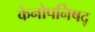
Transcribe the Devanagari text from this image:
केनोपनिषद्